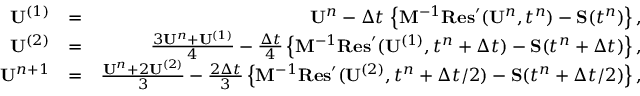
\begin{array} { r l r } { { \bf U } ^ { ( 1 ) } } & { = } & { { \bf U } ^ { n } - \Delta t \, \left\{ { \bf M } ^ { - 1 } { \bf R e s } ^ { \prime } ( { \bf U } ^ { n } , t ^ { n } ) - { \bf S } ( t ^ { n } ) \right\} , } \\ { { \bf U } ^ { ( 2 ) } } & { = } & { \frac { 3 { \bf U } ^ { n } + { \bf U } ^ { ( 1 ) } } { 4 } - \frac { \Delta t } { 4 } \left\{ { \bf M } ^ { - 1 } { \bf R e s } ^ { \prime } ( { \bf U } ^ { ( 1 ) } , t ^ { n } + \Delta t ) - { \bf S } ( t ^ { n } + \Delta t ) \right\} , } \\ { { \bf U } ^ { n + 1 } } & { = } & { \frac { { \bf U } ^ { n } + 2 { \bf U } ^ { ( 2 ) } } { 3 } - \frac { 2 \Delta t } { 3 } \left\{ { \bf M } ^ { - 1 } { \bf R e s } ^ { \prime } ( { \bf U } ^ { ( 2 ) } , t ^ { n } + \Delta t / 2 ) - { \bf S } ( t ^ { n } + \Delta t / 2 ) \right\} , } \end{array}